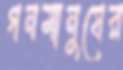
গনমানুষের